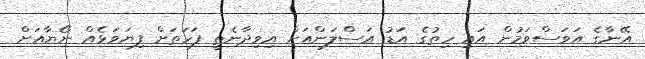
އޭނާގެ އަވަސްވަމުން އައި ހިތުގެ އަޑު އަސްލަންއަށް އިވިދާނެތީ ފަހަތަށް ފިޔަވަޅެއް ނޯޔާއަށް